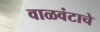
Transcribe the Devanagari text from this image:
वाळवंटाचे